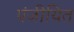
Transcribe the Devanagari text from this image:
पंजीयित